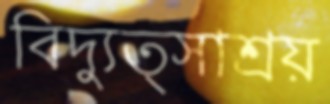
বিদ্যুত্সাশ্রয়